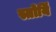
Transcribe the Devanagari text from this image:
स्तोर्यि